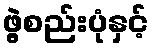
ဖွဲ့စည်းပုံနှင့်